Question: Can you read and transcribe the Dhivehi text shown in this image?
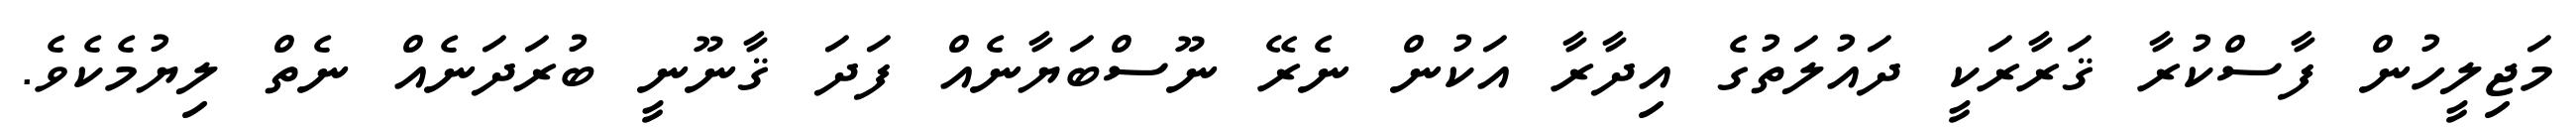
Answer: މަޖިލީހުން ފާސްކުރާ ޤަރާރަކީ ދައުލަތުގެ އިދާރާ އަކުން ނެރޭ ނޫސްބަޔާނެއް ފަދަ ޤާނޫނީ ބުރަދަނެއް ނެތް ލިޔުމެކެވެ.